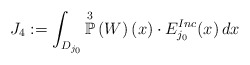
\begin{align*}J_{4} := \int_{D_{j_{0}}} \overset{3}{\mathbb{P}}\left(W \right)(x) \cdot E^{Inc}_{j_{0}}(x) \, dx\end{align*}